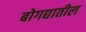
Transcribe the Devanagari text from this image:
बोगद्यातील